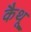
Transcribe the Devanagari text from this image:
कैथू